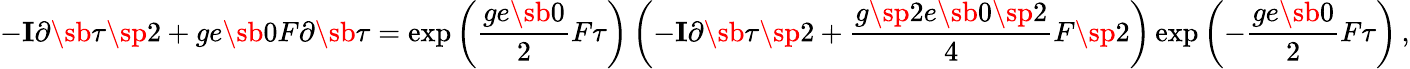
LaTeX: -{\mathbf I}\partial\sb\tau\sp 2+ge\sb 0F\partial\sb\tau=\exp\left(\frac{ge\sb 0}{2}F\tau\right)\left(-{\mathbf I}\partial\sb\tau\sp 2+\frac{g\sp 2e\sb 0\sp 2}{4}F\sp 2\right)\exp\left(-\frac{ge\sb 0}{2}F\tau\right)\, ,